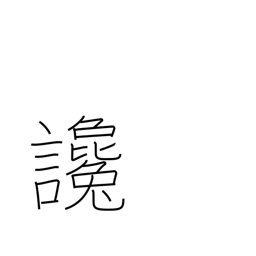
Meaning: defamation